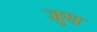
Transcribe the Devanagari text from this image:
जुध